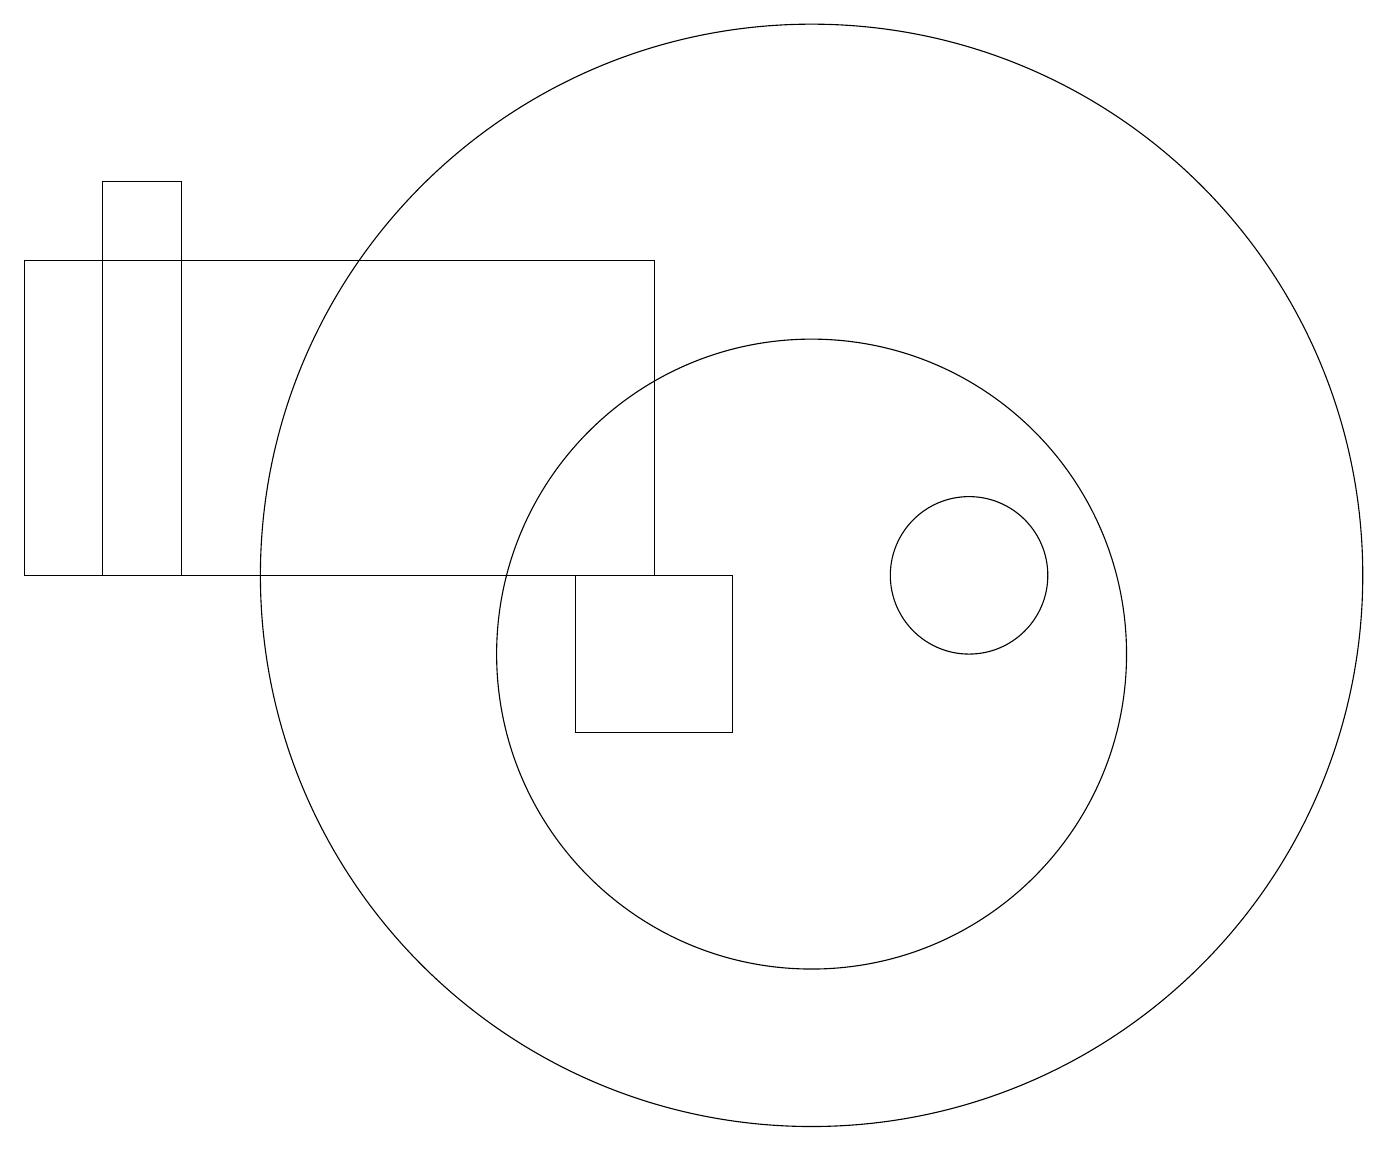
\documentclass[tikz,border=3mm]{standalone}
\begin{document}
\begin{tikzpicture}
\draw (12,12) circle (1);
\draw (10,12) circle (7);
\draw (7,10) rectangle (9,12);
\draw (10,11) circle (4);
\draw (0,12) rectangle (8,16);
\draw (2,12) rectangle (1,17);
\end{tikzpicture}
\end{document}